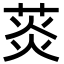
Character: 菼